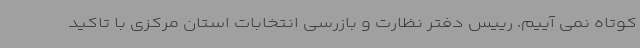
کوتاه نمی آییم. رییس دفتر نظارت و بازرسی انتخابات استان مرکزی با تاکید